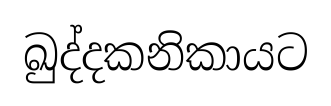
ඛුද්දකනිකායට